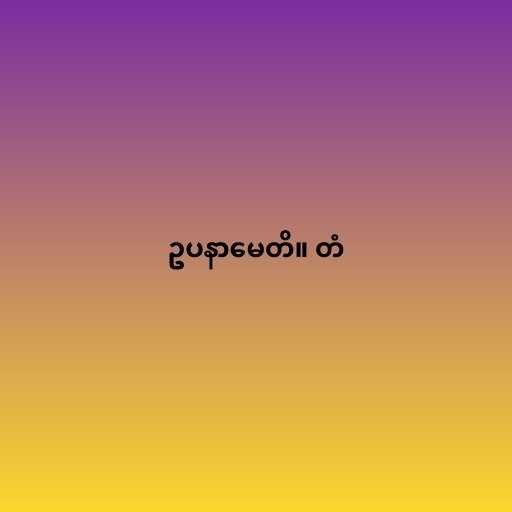
ဥပနာမေတိ။ တံ